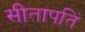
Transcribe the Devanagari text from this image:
सीतापतिं